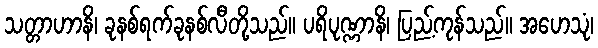
သတ္တာဟာနိ၊ ခုနစ်ရက်ခုနစ်လီတို့သည်။ ပရိပုဏ္ဏာနိ၊ ပြည့်ကုန်သည်။ အဟေသုံ၊